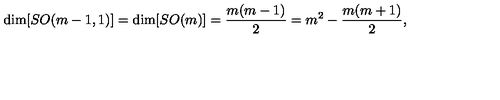
\mathrm { d i m } [ S O ( m - 1 , 1 ) ] = \mathrm { d i m } [ S O ( m ) ] = \frac { m ( m - 1 ) } { 2 } = m ^ { 2 } - \frac { m ( m + 1 ) } { 2 } ,